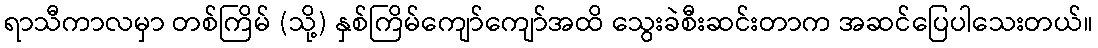
ရာသီကာလမှာ တစ်ကြိမ် (သို့) နှစ်ကြိမ်ကျော်ကျော်အထိ သွေးခဲစီးဆင်းတာက အဆင်ပြေပါသေးတယ်။